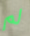
لم